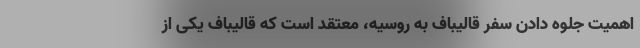
اهمیت جلوه دادن سفر قالیباف به روسیه، معتقد است که قالیباف یکی از